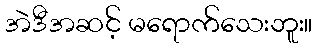
အဲဒီအဆင့် မရောက်သေးဘူး။